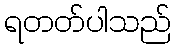
ရတတ်ပါသည်